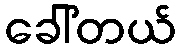
ခေါ်တယ်